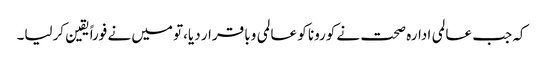
کہ جب عالمی ادارہ صحت نے کورونا کو عالمی وبا قرار دیا،تو میں نے فوراً یقین کرلیا۔